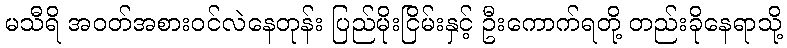
မသီရိ အဝတ်အစားဝင်လဲနေတုန်း ပြည်မိုးငြိမ်းနှင့် ဦးကောက်ရတို့ တည်းခိုနေရာသို့